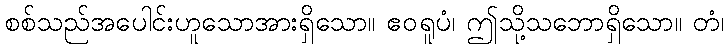
စစ်သည်အပေါင်းဟူသောအားရှိသော။ ဧဝရူပံ၊ ဤသို့သဘောရှိသော။ တံ၊